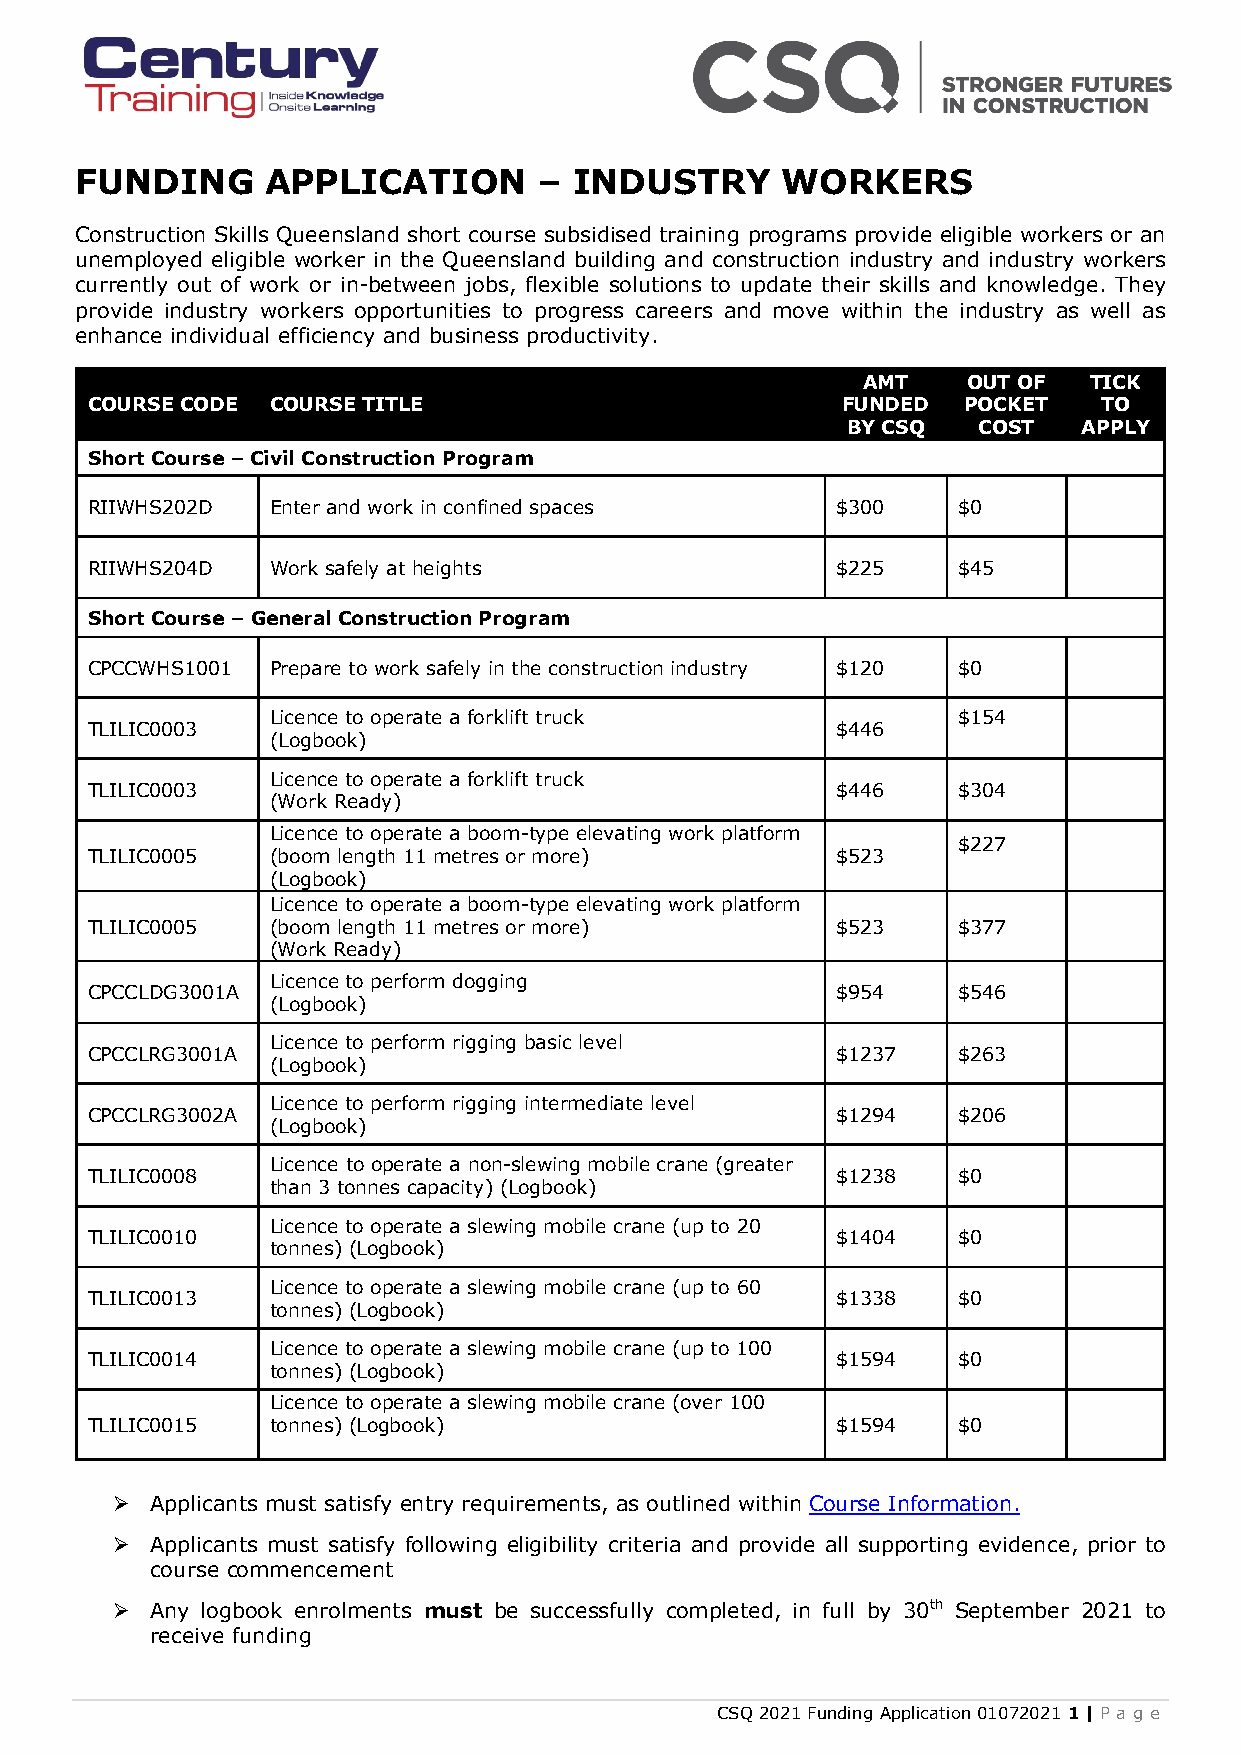
FUNDING      APPLICATION       – INDUSTRY      WORKERS
 Construction Skills Queensland short course subsidised training programs provide eligible workers or an
 unemployed eligible worker in the Queensland building and construction industry and industry workers
 currently out of work or in-between jobs, flexible solutions to update their skills and knowledge. They
 provide industry workers opportunities to progress careers and move within the industry as well as
 enhance individual efficiency and business productivity.
 AMT    OUT OF  TICK
 COURSE CODE COURSE TITLE                          FUNDED  POCKET   TO
 BY CSQ   COST   APPLY
 Short Course – Civil Construction Program
 RIIWHS202D  Enter and work in confined spaces    $300    $0
 RIIWHS204D  Work safely at heights               $225    $45
 Short Course – General Construction Program
 CPCCWHS1001 Prepare to work safely in the construction industry $120 $0
 Licence to operate a forklift truck          $154
 TLILIC0003                                       $446
 (Logbook)
 Licence to operate a forklift truck
 TLILIC0003                                       $446    $304
 (Work Ready)
 Licence to operate a boom-type elevating work platform
 $227
 TLILIC0005  (boom length 11 metres or more)      $523
 (Logbook)
 Licence to operate a boom-type elevating work platform
 TLILIC0005  (boom length 11 metres or more)      $523    $377
 (Work Ready)
 Licence to perform dogging
 CPCCLDG3001A                                     $954    $546
 (Logbook)
 Licence to perform rigging basic level
 CPCCLRG3001A                                     $1237   $263
 (Logbook)
 Licence to perform rigging intermediate level
 CPCCLRG3002A                                     $1294   $206
 (Logbook)
 Licence to operate a non-slewing mobile crane (greater
 TLILIC0008                                       $1238   $0
 than 3 tonnes capacity) (Logbook)
 Licence to operate a slewing mobile crane (up to 20
 TLILIC0010                                       $1404   $0
 tonnes) (Logbook)
 Licence to operate a slewing mobile crane (up to 60
 TLILIC0013                                       $1338   $0
 tonnes) (Logbook)
 Licence to operate a slewing mobile crane (up to 100
 TLILIC0014                                       $1594   $0
 tonnes) (Logbook)
 Licence to operate a slewing mobile crane (over 100
 TLILIC0015  tonnes) (Logbook)                    $1594   $0
   Applicants must satisfy entry requirements, as outlined within Course Information.
   Applicants must satisfy following eligibility criteria and provide all supporting evidence, prior to
 course commencement
   Any logbook enrolments must be successfully completed, in full by 30th September 2021 to
 receive funding
 CSQ 2021 Funding Application 01072021 1 | P a g e